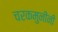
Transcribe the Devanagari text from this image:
चरकमुनींनी